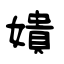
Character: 嬇